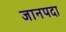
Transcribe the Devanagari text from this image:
जानपदा